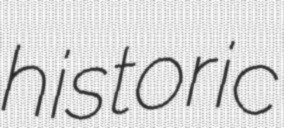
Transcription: historic